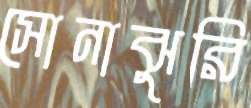
সোনাঝুরি